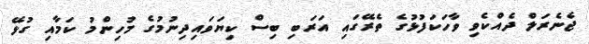
ޖެނެރަލް ދެއްކެވި ވާހަކަފުޅުގެ ތެރޭގައި އަރަބި ބިސް ކިޔަވައިދިނުމުގެ މުހިންމު ކަމާއި ގުޅޭ